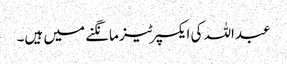
عبداللہ کی ایکسپرٹیز مانگنے میں ہیں۔